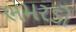
ભમરડો